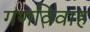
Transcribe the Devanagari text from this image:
गणविवाह